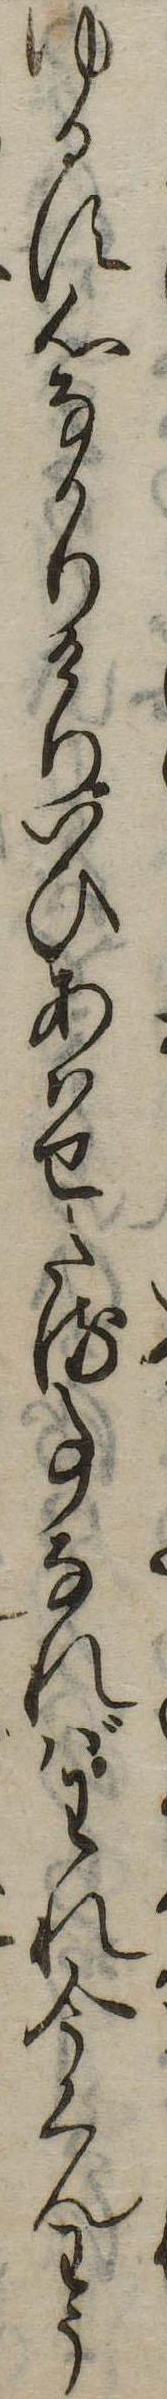
ゆるす心なかりけりいひあはせたる事なればわれ今くんわう